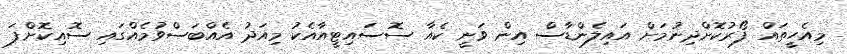
މިއެހީތައް ފޯރުކޮށްދިނުމަށް އައިލެންޑާސް އިން ވަނީ ކެއާ ސޮސައިޓީއާއެކު މިއަދު އެއްބަސްވުމެއްގައި ސޮއިކޮށްފަ